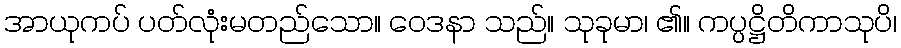
အာယုကပ် ပတ်လုံးမတည်သော။ ဝေဒနာ သည်။ သုခုမာ၊ ၏။ ကပ္ပဋ္ဌိတိကာသုပိ၊